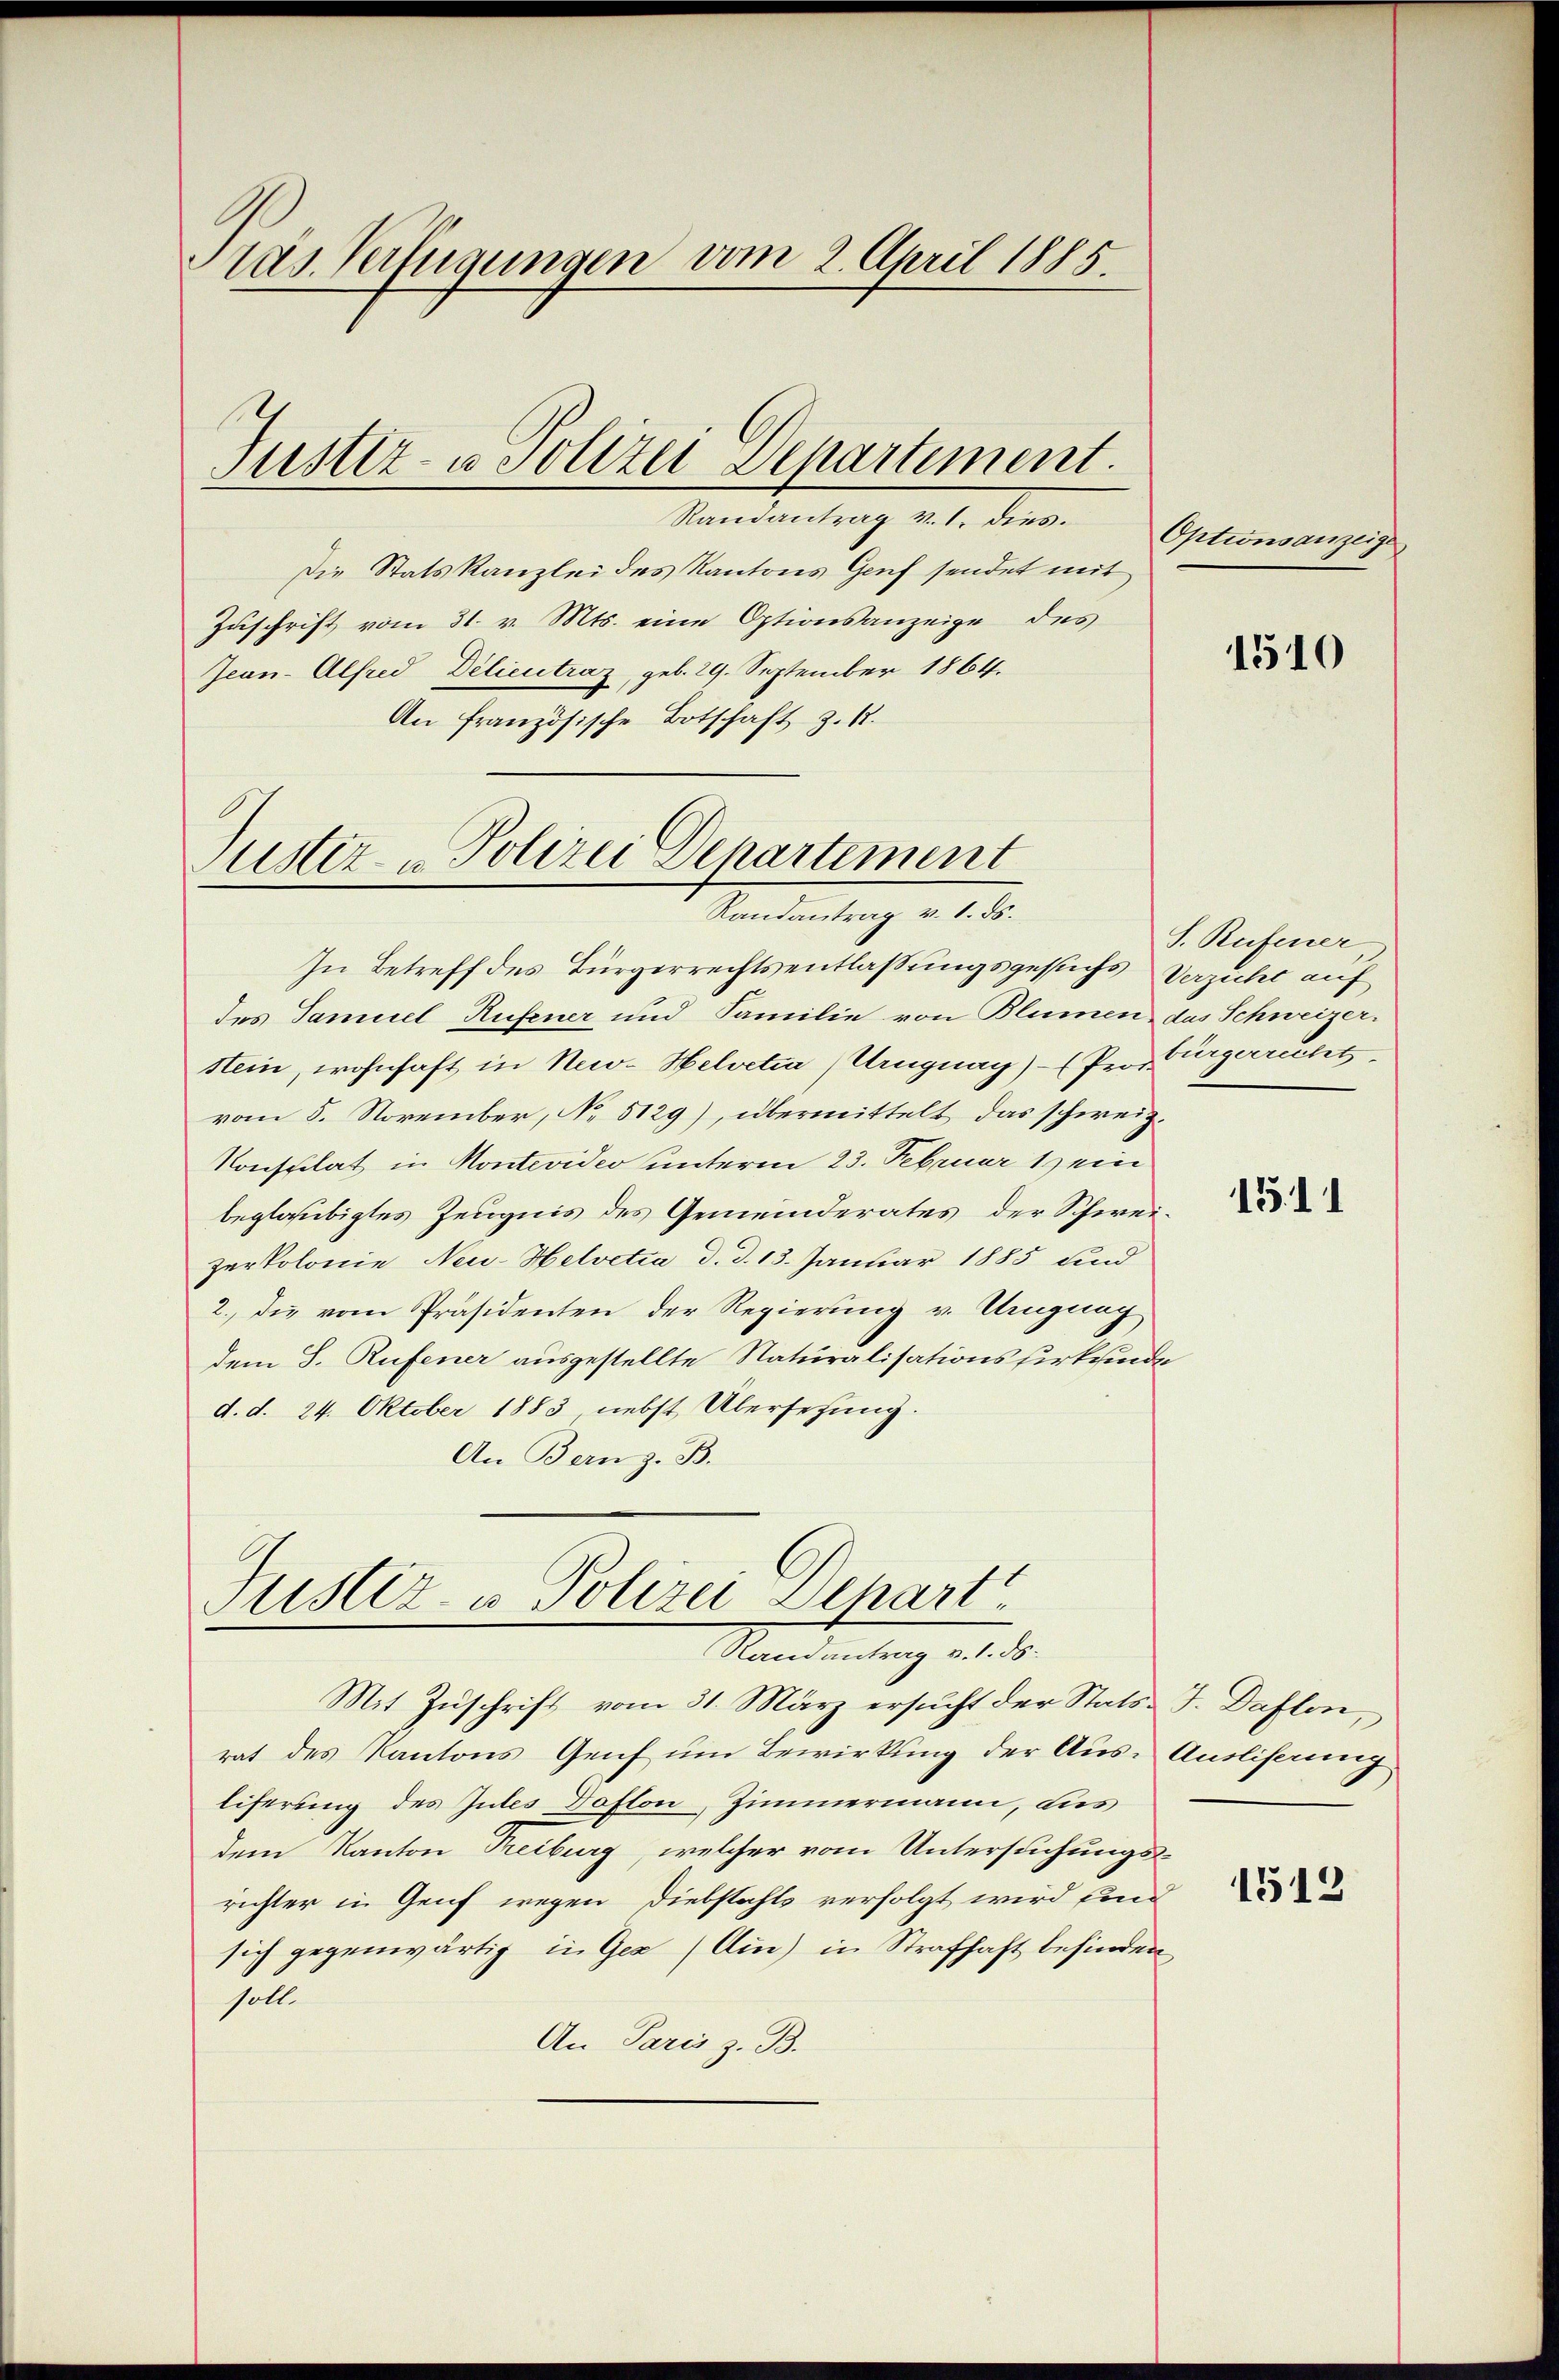
ras. Verfügungen vom 2. April 1885.

Justiz- u Polizei Departement.

Randantrag v. 1. dies.
Die Statskanzlei des Kantons Genf sendet mit
Zuschrift vom 31. v. Mts. eine Optionsanzeige des
Jean-Alfred Delieutraz, geb. 29. September 1864.
An französische Botschaft z. R.

Justiz- & Polizei Departement
Randantrag v. 1. ds.

Justiz, Polizei Dehart
Ramantrag v. 1. ds.

In Betreff des Bürgerrechtsentlaßungsgesuchs Verzicht auf
des Samuel Rufener und Familie von Blumen, das Schweizer.
stein, wohnhaft in New- Helvetia (Uruguay) (Pn Bürgerrecht
vom 5. November, No 5129), übermittelt, das schweiz.
Konsulat in Montevideo unterm 23. Februar 19 ein
beglaubigtes Zeugnis des Gemeinderates der Schweizerkolonie Neu- Helvetia d. d. 13. Januar 1885 und
2., die vom Präsidenten der Regierung v. Ungung
dem S. Rufener ausgestellte Naturalisationsfürkunde
d. d. 24. Oktober 1883 nebst Übersetzung.
An Bern z. B.

Mit Zuschrift vom 31. März ersucht der Stats-J. Daflen,
rat des Kantons Genf um Bewirkung der Aus- Ausliserung
liferung des Gutes Doston, Zimmermann, aus
dem Kanton Treiburg, welcher vom Untersuchungsrichter in Genf wegen Diebstahls verfolgt wird und
sich gegenwärtig in Ges (Ain) in Strafhaft befinden,
soll.
An Paris z. B.

Optionsanzeige

1510

S. Rufener

1511

1512